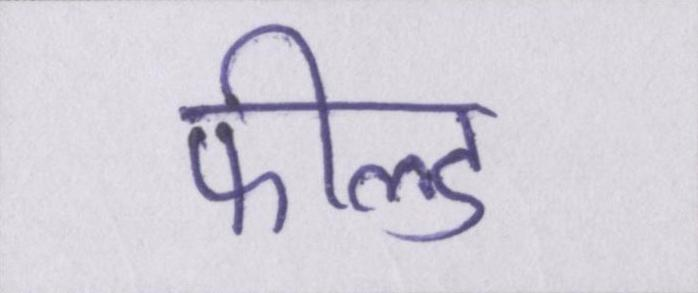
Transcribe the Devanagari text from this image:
फील्ड